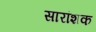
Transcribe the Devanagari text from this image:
सारांशक